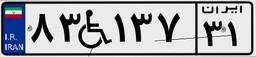
۴۴W۷۳۸۵۷